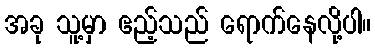
အခု သူ့မှာ ဧည့်သည် ရောက်နေလို့ပါ။